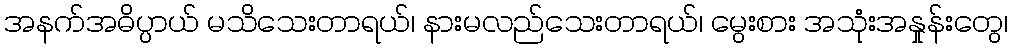
အနက်အဓိပ္ပာယ် မသိသေးတာရယ်၊ နားမလည်သေးတာရယ်၊ မွေးစား အသုံးအနှုန်းတွေ၊